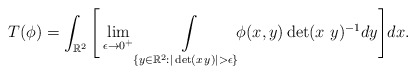
\begin{align*}T(\phi) = \int_{\mathbb{R}^2} \Bigg[\lim_{\epsilon\to 0^+} \int_{\{y\in\mathbb{R}^2:|\det(x\,y)|>\epsilon\}}\limits \!\!\!\phi(x,y) \det(x\ y)^{-1} dy \Bigg] dx.\end{align*}